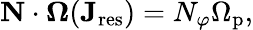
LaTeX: \mathbf{N}\cdot\mathbf{\Omega}(\mathbf{J}_{\mathrm{res}})=N_{\varphi}\Omega_{\mathrm{p}},